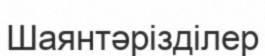
Шаянтәрізділер